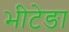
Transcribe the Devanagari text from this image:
भीटेङा